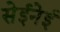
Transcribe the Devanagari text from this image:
सेईनेई